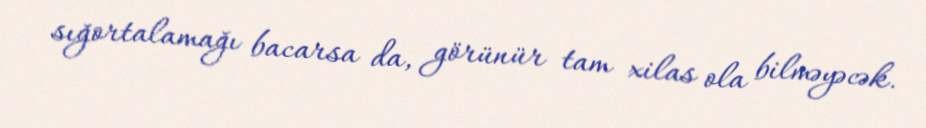
sığortalamağı bacarsa da, görünür tam xilas ola bilməyəcək.